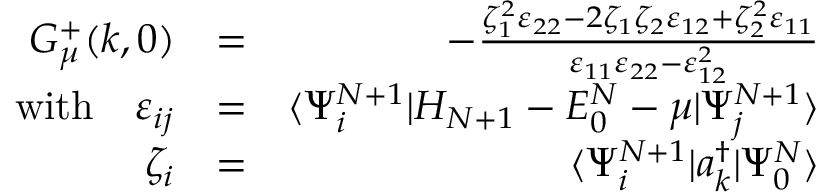
\begin{array} { r l r } { G _ { \mu } ^ { + } ( k , 0 ) } & { = } & { - \frac { \zeta _ { 1 } ^ { 2 } \varepsilon _ { 2 2 } - 2 \zeta _ { 1 } \zeta _ { 2 } \varepsilon _ { 1 2 } + \zeta _ { 2 } ^ { 2 } \varepsilon _ { 1 1 } } { \varepsilon _ { 1 1 } \varepsilon _ { 2 2 } - \varepsilon _ { 1 2 } ^ { 2 } } } \\ { \mathrm { w i t h } \quad \varepsilon _ { i j } } & { = } & { \langle \Psi _ { i } ^ { N + 1 } | H _ { N + 1 } - E _ { 0 } ^ { N } - \mu | \Psi _ { j } ^ { N + 1 } \rangle } \\ { \zeta _ { i } } & { = } & { \langle \Psi _ { i } ^ { N + 1 } | a _ { k } ^ { \dagger } | \Psi _ { 0 } ^ { N } \rangle } \end{array}